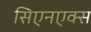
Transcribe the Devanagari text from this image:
सिएनएक्स